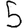
Digit: 5